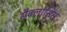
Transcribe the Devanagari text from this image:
सैक्लोसिस